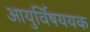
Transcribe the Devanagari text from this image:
आयुर्विषययक